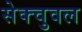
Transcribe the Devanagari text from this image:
सेक्चुवल